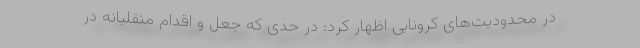
در محدودیت‌های کرونایی اظهار کرد: در حدی که جعل و اقدام متقلبانه در